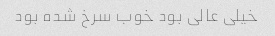
خیلی عالی بود خوب سرخ شده بود